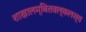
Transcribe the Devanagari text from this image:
शाखालम्बितवल्कलस्य